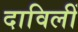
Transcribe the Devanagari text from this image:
दाविलीं